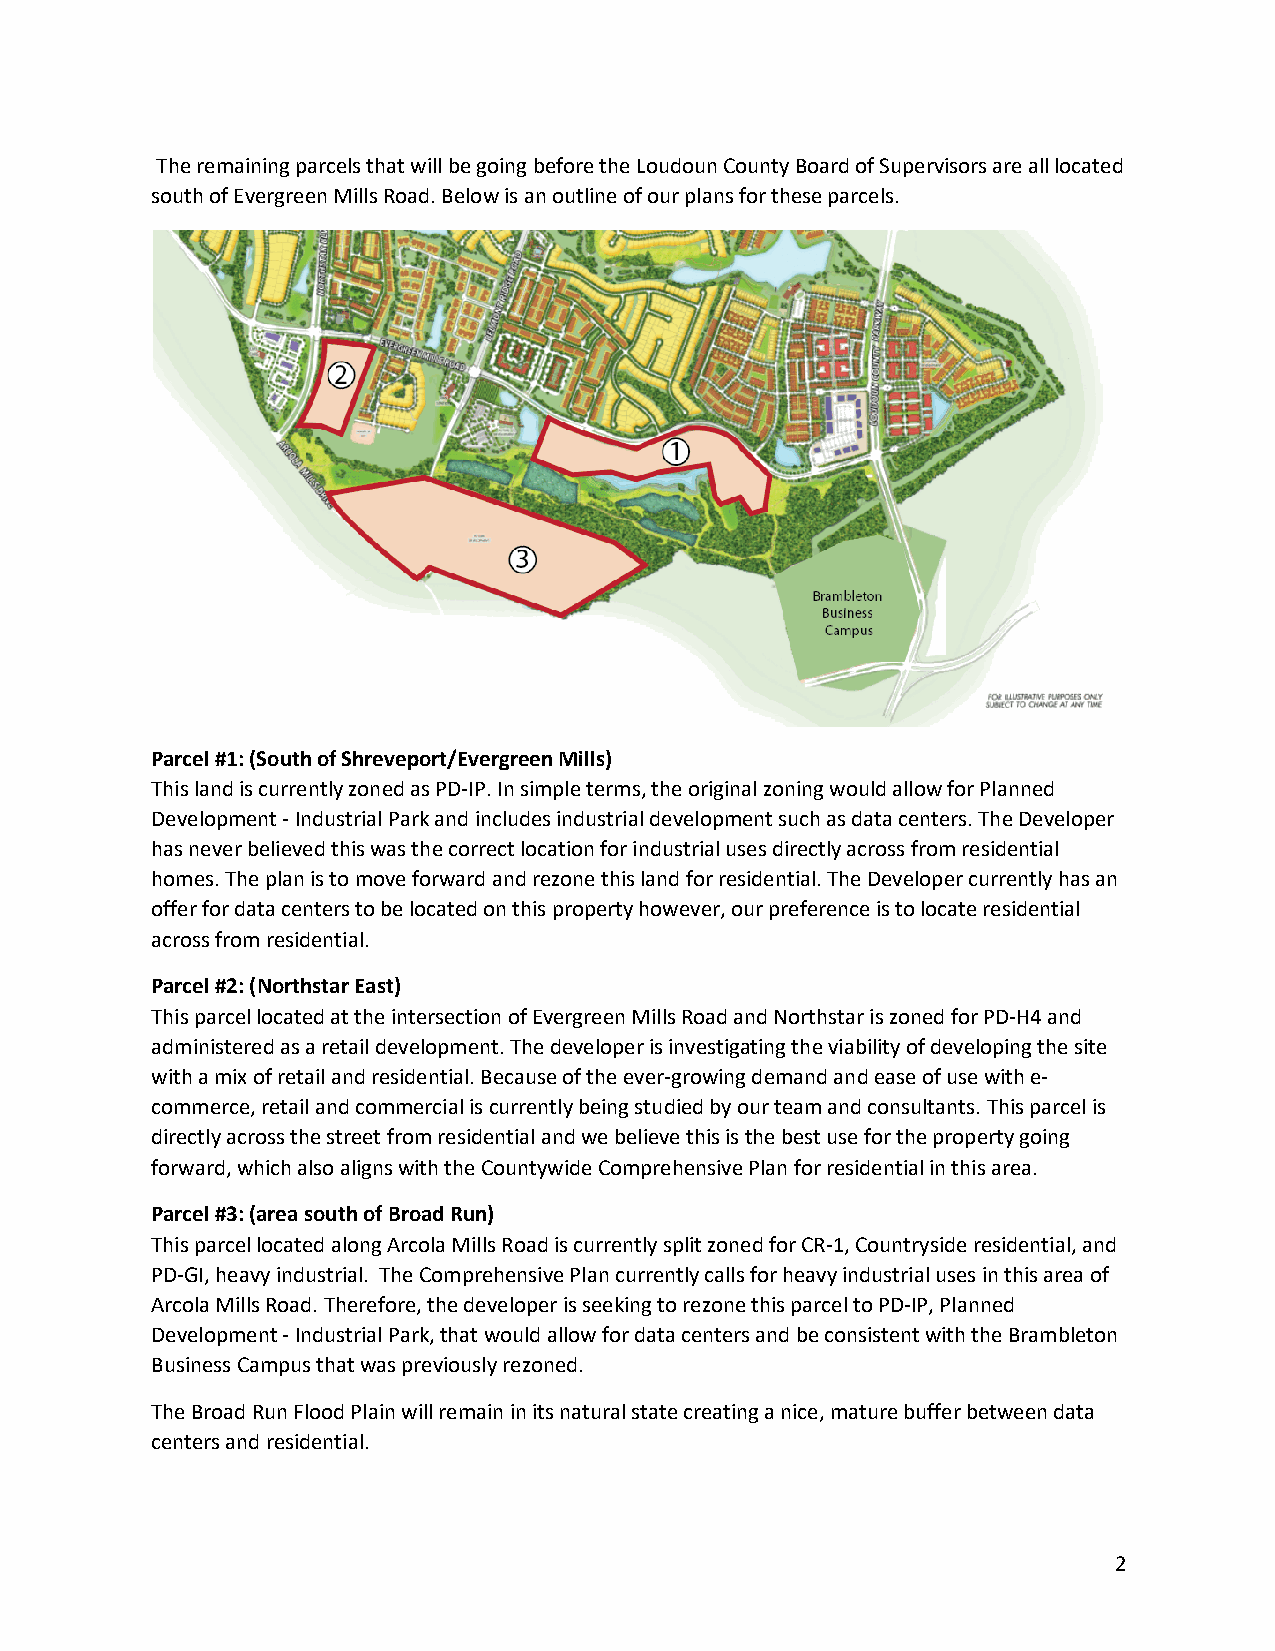
The remaining parcels that will be going before the Loudoun County Board of Supervisors are all located
 south of Evergreen Mills Road. Below is an outline of our plans for these parcels.
 Parcel #1: (South of Shreveport/Evergreen Mills)
 This land is currently zoned as PD-IP. In simple terms, the original zoning would allow for Planned
 Development - Industrial Park and includes industrial development such as data centers. The Developer
 has never believed this was the correct location for industrial uses directly across from residential
 homes. The plan is to move forward and rezone this land for residential. The Developer currently has an
 offer for data centers to be located on this property however, our preference is to locate residential
 across from residential.
 Parcel #2: (Northstar East)
 This parcel located at the intersection of Evergreen Mills Road and Northstar is zoned for PD-H4 and
 administered as a retail development. The developer is investigating the viability of developing the site
 with a mix of retail and residential. Because of the ever-growing demand and ease of use with e-
 commerce, retail and commercial is currently being studied by our team and consultants. This parcel is
 directly across the street from residential and we believe this is the best use for the property going
 forward, which also aligns with the Countywide Comprehensive Plan for residential in this area.
 Parcel #3: (area south of Broad Run)
 This parcel located along Arcola Mills Road is currently split zoned for CR-1, Countryside residential, and
 PD-GI, heavy industrial. The Comprehensive Plan currently calls for heavy industrial uses in this area of
 Arcola Mills Road. Therefore, the developer is seeking to rezone this parcel to PD-IP, Planned
 Development - Industrial Park, that would allow for data centers and be consistent with the Brambleton
 Business Campus that was previously rezoned.
 The Broad Run Flood Plain will remain in its natural state creating a nice, mature buffer between data
 centers and residential.
 2